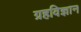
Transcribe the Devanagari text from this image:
ग्रहविज्ञान